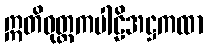
ဣတိဝုတ္တကပါဠိအဋ္ဌကထာ